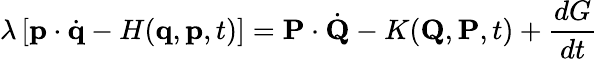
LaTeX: \lambda\left[\mathbf{p}\cdot{\dot{\mathbf{q}}}-H(\mathbf{q},\mathbf{p},t)\right]=\mathbf{P}\cdot{\dot{\mathbf{Q}}}-K(\mathbf{Q},\mathbf{P},t)+{\frac{dG}{dt}}